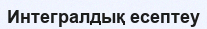
Интегралдық есептеу